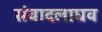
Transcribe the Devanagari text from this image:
संवादलाघव